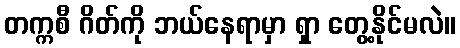
တက္ကစီ ဂိတ်ကို ဘယ်နေရာမှာ ရှာ တွေ့နိုင်မလဲ။